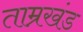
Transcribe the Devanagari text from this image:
ताम्रखंड